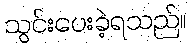
သွင်းပေးခဲ့ရသည်။